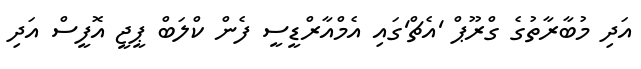
އަދި މުބާރާތުގެ ގްރޫޕް 'އެޗް'ގައި އެމްއާރްޑީސީ ފެން ކްލަބް ޕީޖީ އޮފީސް އަދި